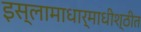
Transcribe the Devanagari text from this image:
इस्लामाधार्माधीश्ठीत